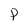
Character: P